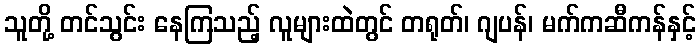
သူတို့ တင်သွင်း နေကြသည့် လူများထဲတွင် တရုတ်၊ ဂျပန်၊ မက်ကဆီကန်နှင့်